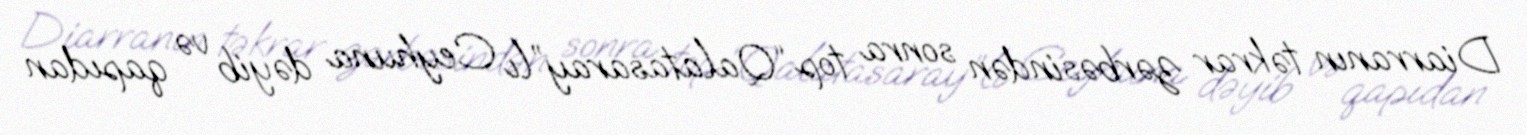
Diarranın təkrar zərbəsindən sonra top “Qalatasaray”lı Ceyhuna dəyib və qapıdan